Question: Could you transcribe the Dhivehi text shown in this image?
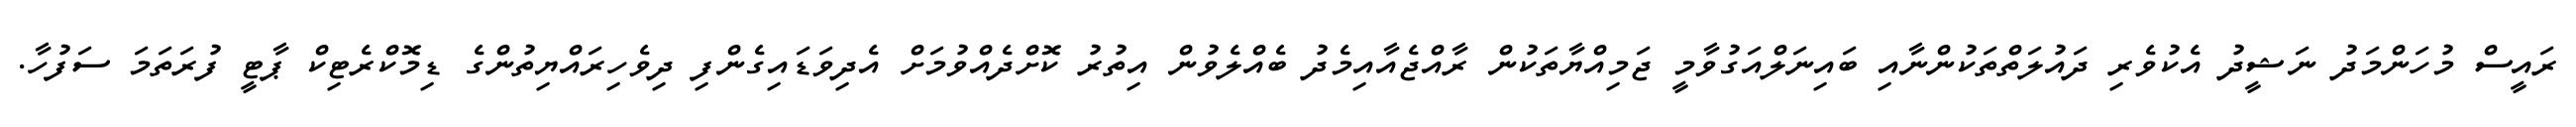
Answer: ރައީސް މުހަންމަދު ނަޝީދު އެކުވެރި ދައުލަތްތަކުންނާއި ބައިނަލްއަގުވާމީ ޖަމިއްޔާތަކުން ރާއްޖެއާއިމެދު ބެއްލެވުން އިތުރު ކޮށްދެއްވުމަށް އެދިވަޑައިގެންފި ދިވެހިރައްޔިތުންގެ ޑިމޮކްރެޓިކް ޕާޓީ ފުރަތަމަ ސަފުހާ.